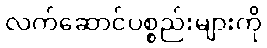
လက်ဆောင်ပစ္စည်းများကို